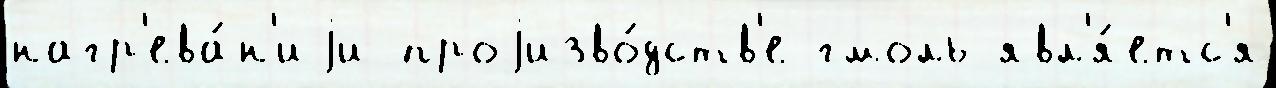
нагр'ева́н'иjи проjизво́дств'е гмоль явл'я́етс'я